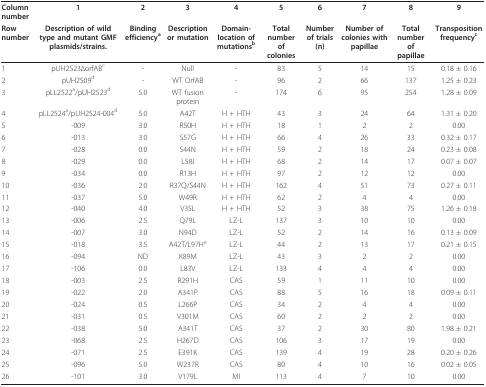
<table><thead><tr><td><b>Column number</b></td><td><b>1</b></td><td><b>2</b></td><td><b>3</b></td><td><b>4</b></td><td><b>5</b></td><td><b>6</b></td><td><b>7</b></td><td><b>8</b></td><td><b>9</b></td></tr><tr><td><b>Row number</b></td><td><b>Description of wild type and mutant GMF plasmids/strains.</b></td><td><b>Binding efficiency<sup>a</sup></b></td><td><b>Description or mutation</b></td><td><b>Domain-location of mutations<sup>b</sup></b></td><td><b>Total number of colonies</b></td><td><b>Number of trials (n)</b></td><td><b>Number of colonies with papillae</b></td><td><b>Total number of papillae</b></td><td><b>Transposition frequency<sup>c</sup></b></td></tr></thead><tbody><tr><td>1</td><td>pUH2523ΔorfAB<sup>c</sup></td><td>-</td><td>Null</td><td>-</td><td>83</td><td>5</td><td>14</td><td>15</td><td>0.18 ± 0.16</td></tr><tr><td>2</td><td>pUH2509<sup>d</sup></td><td>-</td><td>WT OrfAB</td><td>-</td><td>96</td><td>2</td><td>66</td><td>137</td><td>1.25 ± 0.23</td></tr><tr><td>3</td><td>pLL2522<sup>a</sup>/pUH2523<sup>d</sup></td><td>5.0</td><td>WT fusion protein</td><td>-</td><td>174</td><td>6</td><td>95</td><td>254</td><td>1.28 ± 0.09</td></tr><tr><td>4</td><td>pLL2524<sup>a</sup>/pUH2524-004<sup>d</sup></td><td>5.0</td><td>A42T</td><td>H + HTH</td><td>43</td><td>3</td><td>24</td><td>64</td><td>1.31 ± 0.20</td></tr><tr><td>5</td><td>-009</td><td>3.0</td><td>R50H</td><td>H + HTH</td><td>18</td><td>1</td><td>2</td><td>2</td><td>0.00</td></tr><tr><td>6</td><td>-013</td><td>3.0</td><td>S57G</td><td>H + HTH</td><td>66</td><td>4</td><td>26</td><td>33</td><td>0.32 ± 0.17</td></tr><tr><td>7</td><td>-028</td><td>0.0</td><td>S44N</td><td>H + HTH</td><td>59</td><td>2</td><td>18</td><td>24</td><td>0.23 ± 0.08</td></tr><tr><td>8</td><td>-029</td><td>0.0</td><td>L58I</td><td>H + HTH</td><td>68</td><td>2</td><td>14</td><td>17</td><td>0.07 ± 0.07</td></tr><tr><td>9</td><td>-034</td><td>0.0</td><td>R13H</td><td>H + HTH</td><td>97</td><td>2</td><td>12</td><td>12</td><td>0.00</td></tr><tr><td>10</td><td>-036</td><td>2.0</td><td>R37Q/S44N</td><td>H + HTH</td><td>162</td><td>4</td><td>51</td><td>73</td><td>0.27 ± 0.11</td></tr><tr><td>11</td><td>-037</td><td>5.0</td><td>W49R</td><td>H + HTH</td><td>62</td><td>2</td><td>4</td><td>4</td><td>0.00</td></tr><tr><td>12</td><td>-040</td><td>4.0</td><td>V35L</td><td>H + HTH</td><td>52</td><td>3</td><td>38</td><td>75</td><td>1.26 ± 0.18</td></tr><tr><td>13</td><td>-006</td><td>2.5</td><td>Q79L</td><td>LZ-L</td><td>137</td><td>3</td><td>10</td><td>10</td><td>0.00</td></tr><tr><td>14</td><td>-007</td><td>3.0</td><td>N94D</td><td>LZ-L</td><td>52</td><td>2</td><td>14</td><td>16</td><td>0.13 ± 0.09</td></tr><tr><td>15</td><td>-018</td><td>3.5</td><td>A42T/L97H<sup>e</sup></td><td>LZ-L</td><td>44</td><td>2</td><td>13</td><td>17</td><td>0.21 ± 0.15</td></tr><tr><td>16</td><td>-094</td><td>ND</td><td>K89M</td><td>LZ-L</td><td>43</td><td>3</td><td>2</td><td>2</td><td>0.00</td></tr><tr><td>17</td><td>-106</td><td>0.0</td><td>L83V</td><td>LZ-L</td><td>133</td><td>4</td><td>4</td><td>4</td><td>0.00</td></tr><tr><td>18</td><td>-003</td><td>2.5</td><td>R291H</td><td>CAS</td><td>59</td><td>1</td><td>11</td><td>10</td><td>0.00</td></tr><tr><td>19</td><td>-022</td><td>2.0</td><td>A341P</td><td>CAS</td><td>88</td><td>5</td><td>16</td><td>18</td><td>0.09 ± 0.11</td></tr><tr><td>20</td><td>-024</td><td>0.5</td><td>L266P</td><td>CAS</td><td>34</td><td>2</td><td>4</td><td>4</td><td>0.00</td></tr><tr><td>21</td><td>-031</td><td>0.5</td><td>V301M</td><td>CAS</td><td>60</td><td>2</td><td>2</td><td>2</td><td>0.00</td></tr><tr><td>22</td><td>-038</td><td>5.0</td><td>A341T</td><td>CAS</td><td>37</td><td>2</td><td>30</td><td>80</td><td>1.98 ± 0.21</td></tr><tr><td>23</td><td>-068</td><td>2.5</td><td>H267D</td><td>CAS</td><td>106</td><td>3</td><td>17</td><td>19</td><td>0.00</td></tr><tr><td>24</td><td>-071</td><td>2.5</td><td>E391K</td><td>CAS</td><td>139</td><td>4</td><td>19</td><td>28</td><td>0.20 ± 0.26</td></tr><tr><td>25</td><td>-096</td><td>5.0</td><td>W237R</td><td>CAS</td><td>80</td><td>4</td><td>10</td><td>16</td><td>0.02 ± 0.05</td></tr><tr><td>26</td><td>-101</td><td>3.0</td><td>V179L</td><td>MI</td><td>113</td><td>4</td><td>7</td><td>10</td><td>0.00</td></tr></tbody></table>